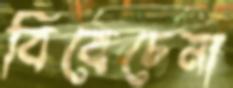
বিবেচেনা